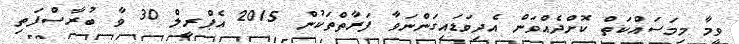
ވީމާ މިމަސައްކަތް ކޮށްދެއްވަން އެދިވަޑައިގަންނަވާ ފަރާތްތަކުން 2015 އެޕްރީލް 30 ވާ ބުރާސްފަތި